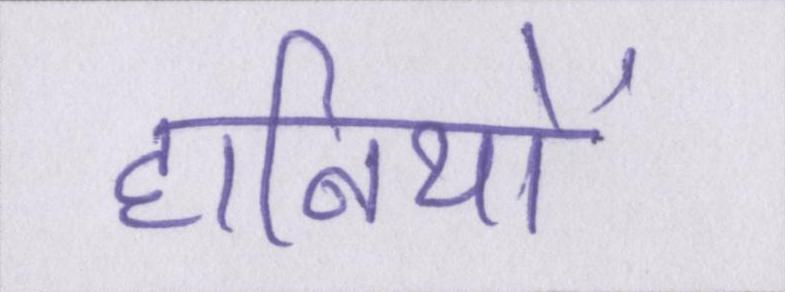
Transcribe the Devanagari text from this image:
हानियों